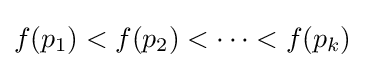
f(p_{1})<f(p_{2})<\cdots <f(p_{k})